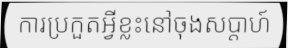
ការប្រកួតអ្វីខ្លះនៅចុងសប្តាហ៍